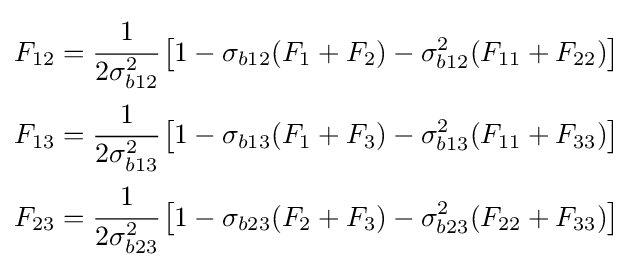
{\begin{aligned}F_{12}&={\cfrac {1}{2\sigma _{b12}^{2}}}\left[1-\sigma _{b12}(F_{1}+F_{2})-\sigma _{b12}^{2}(F_{11}+F_{22})\right]\\F_{13}&={\cfrac {1}{2\sigma _{b13}^{2}}}\left[1-\sigma _{b13}(F_{1}+F_{3})-\sigma _{b13}^{2}(F_{11}+F_{33})\right]\\F_{23}&={\cfrac {1}{2\sigma _{b23}^{2}}}\left[1-\sigma _{b23}(F_{2}+F_{3})-\sigma _{b23}^{2}(F_{22}+F_{33})\right]\end{aligned}}